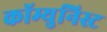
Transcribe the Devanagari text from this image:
कॉम्युनिस्ट